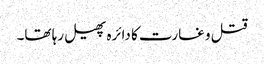
قتل و غارت کا دائرہ پھیل رہا تھا۔